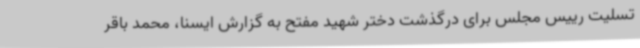
تسلیت رییس مجلس برای درگذشت دختر شهید مفتح به گزارش ایسنا، محمد باقر